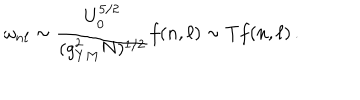
\omega _ { n \ell } \sim { \frac { U _ { 0 } ^ { 5 / 2 } } { ( g _ { Y M } ^ { 2 } N ) ^ { 1 / 2 } } } f ( n , \ell ) \sim T f ( n , \ell ) \, .